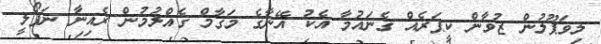
ލިވަޕޫލުން ޒުވާން ކީޕަރެއް ގެނައުމާ އެކު އޭނާގެ މަގާމް ގެއްލުމުން ރެއިނާ ނަޕޯލީ